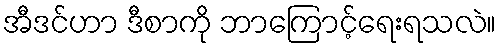
အီဒင်ဟာ ဒီစာကို ဘာကြောင့်ရေးရသလဲ။